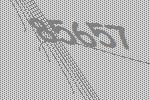
85657